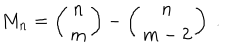
M _ { n } = \left( \begin{array} { c } { { n } } \\ { { m } } \\ \end{array} \right) - \left( \begin{array} { c } { { n } } \\ { { m - 2 } } \\ \end{array} \right) ~ .